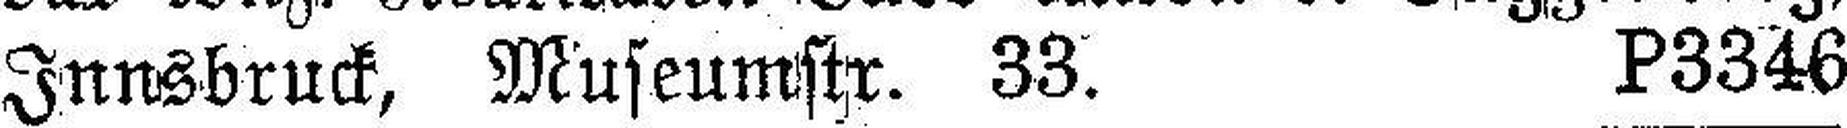
Innsbruck, Museumstr. 33. P3346